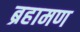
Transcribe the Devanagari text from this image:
ब्रहामण